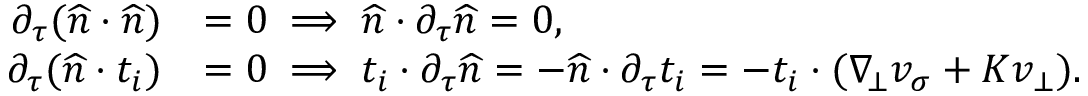
\begin{array} { r l } { \partial _ { \tau } ( \widehat { n } \cdot \widehat { n } ) } & { = 0 \implies \widehat { n } \cdot \partial _ { \tau } \widehat { n } = 0 , } \\ { \partial _ { \tau } ( \widehat { n } \cdot t _ { i } ) } & { = 0 \implies t _ { i } \cdot \partial _ { \tau } \widehat { n } = - \widehat { n } \cdot \partial _ { \tau } t _ { i } = - t _ { i } \cdot ( \nabla _ { \! \bot } v _ { \sigma } + K v _ { \bot } ) . } \end{array}